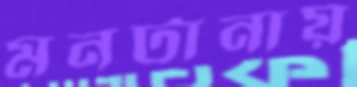
মনটানায়